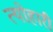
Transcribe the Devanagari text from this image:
त्योहारी